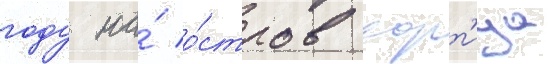
году на́ о́стров хорт'ица